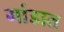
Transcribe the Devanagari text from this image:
मांडात